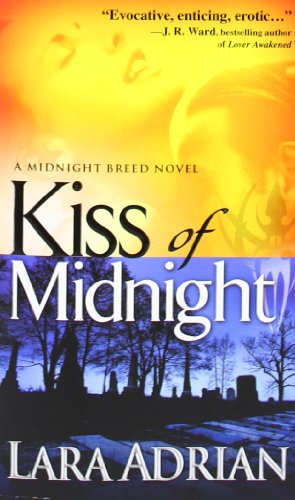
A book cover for Kiss of Midnight (The Midnight Breed, Book 1); Lara Adrian; Romance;